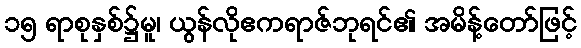
၁၅ ရာစုနှစ်၌မူ၊ ယွန်လိုဧကရာဇ်ဘုရင်၏ အမိန့်တော်ဖြင့်